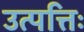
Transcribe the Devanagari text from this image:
उत्पत्तिः